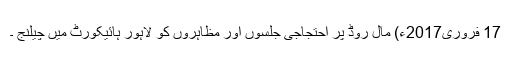
17 فروری2017ء) مال روڈ پر احتجاجی جلسوں اور مظاہروں کو لاہور ہائیکورٹ میں چیلنج ۔